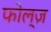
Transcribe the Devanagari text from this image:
फोल्ज़